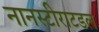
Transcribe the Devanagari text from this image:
नानस्टीराटडल